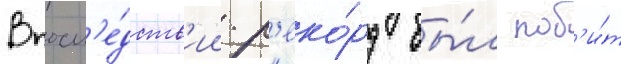
Впосл'е́дств'ии р'еко́рд бы́л поб'и́т